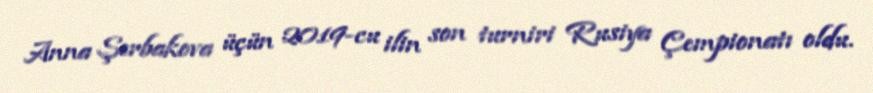
Anna Şerbakova üçün 2019-cu ilin son turniri Rusiya Çempionatı oldu.